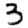
Digit: 3